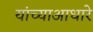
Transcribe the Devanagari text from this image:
यांच्याआधारे